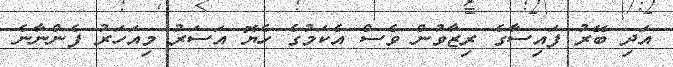
އަދި ބޭރު ފައިސާގެ ރިޒާވުން ވެސް އެކަމުގެ ހެޔޮ އަސަރު މިއަހަރު ފެންނާނެ